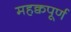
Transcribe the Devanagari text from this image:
महक्वपूर्ण